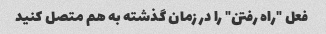
فعل "راه رفتن" را در زمان گذشته به هم متصل کنید